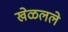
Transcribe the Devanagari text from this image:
खेळलले